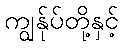
ကျွန်ုပ်တို့နှင့်